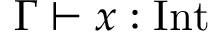
\Gamma \vdash x : { \mathrm { I n t } }